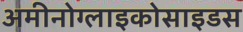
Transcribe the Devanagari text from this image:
अमीनोग्लाइकोसाइडस